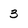
Character: 3